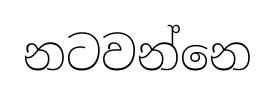
නටවන්නෙ